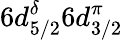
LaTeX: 6d_{5/2}^{\delta}6d_{3/2}^{\pi}